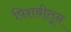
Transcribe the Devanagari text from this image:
पिशवीतून